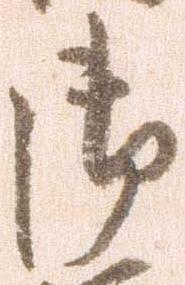
御